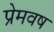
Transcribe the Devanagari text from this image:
प्रेमवष